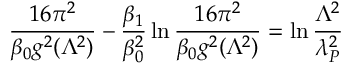
{ \frac { 1 6 \pi ^ { 2 } } { \beta _ { 0 } g ^ { 2 } ( \Lambda ^ { 2 } ) } } - { \frac { \beta _ { 1 } } { \beta _ { 0 } ^ { 2 } } } \ln { \frac { 1 6 \pi ^ { 2 } } { \beta _ { 0 } g ^ { 2 } ( \Lambda ^ { 2 } ) } } = \ln { \frac { \Lambda ^ { 2 } } { \lambda _ { P } ^ { 2 } } }